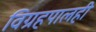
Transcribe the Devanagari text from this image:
विग्रहपालही